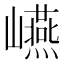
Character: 𭗬